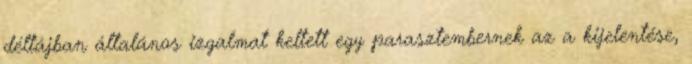
déltájban általános izgalmat keltett egy parasztembernek az a kijelentése,